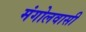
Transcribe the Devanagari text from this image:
मंगोलवासी